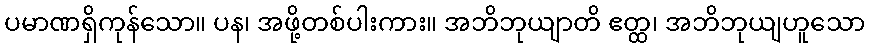
ပမာဏရှိကုန်သော။ ပန၊ အဖို့တစ်ပါးကား။ အဘိဘုယျာတိ ဧတ္ထ၊ အဘိဘုယျဟူသော